Lunatic asylums United Provinces 1909-1921 - 1909-1921
Year: 1909
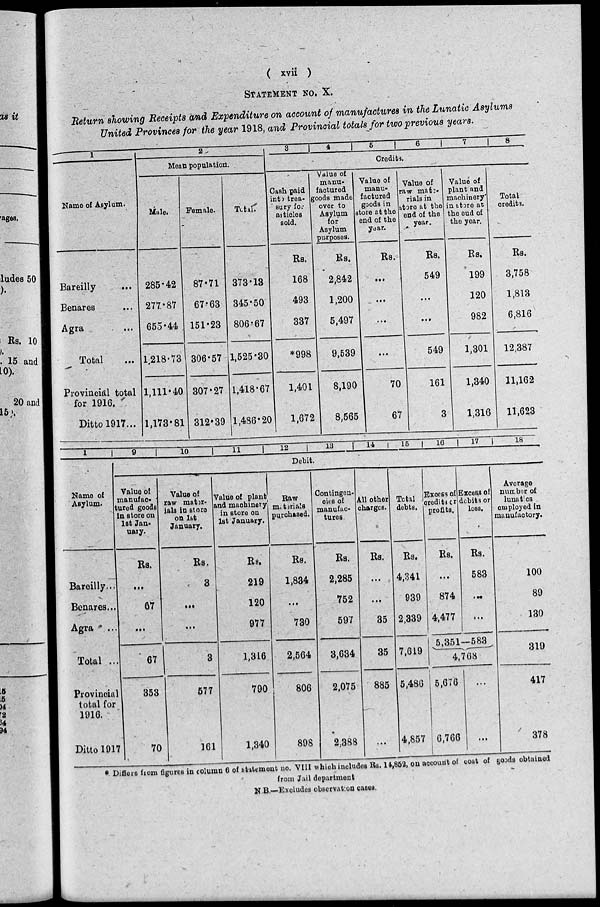
( xvii )
STATEMENT NO. X.
Return showing Receipts and Expenditure on account of manufactures in the Lunatic Asylums
United Provinces for the year 1918, and Provincial totals for two previous years.
1
Name of Asylum.
Bareilly ...
Benares ...
Agra ...
Total ...
Provincial total
for 1916.
Ditto 1917...
2
Mean population.
Male.
285.42
277.87
655.44
1,218.73
1,111.40
1,173.81
Female.
87.71
67.63
151.23
306.57
307.27
312.39
Total.
373.13
345.50
806.67
1,525.30
1,418.67
1,486.20
3
4
5
6
7
8
Credits.
Cash paid
into trea-
sury for
articles
sold.
Rs.
168
493
337
*998
1,401
1,672
Value of
manu-
factured
goods made
over to
Asylum
for
Asylum
purposes.
Rs.
2,842
1,200
5,497
9,539
8,190
8,565
Value of
manu-
factured
goods in
store at the
end of the
year.
Rs.
...
...
...
...
70
67
Value of
raw mat -
rials in
store at the
end of the
year.
Rs.
549
...
...
549
161
3
Value of
plant and
machinery
in store at
the end of
the year.
Rs.
199
120
982
1,301
1,340
1,316
Total
credits.
Rs.
3,758
1,813
6,816
12,387
11,162
11,623
1
Name of
Asylum.
Bareilly...
Benares...
Agra ...
Total ...
Provincial
total for
1916.
Ditto 1917
9
10
11
12
13
14
15 16
17
18
Debit.
Value of
manufac-
tured goods
in store on
1st Jan-
uary.
Rs.
...
67
...
67
353
70
Value of
raw mater-
ials in store
on 1st
January.
Rs.
3
...
...
3
577
161
Value of plant
and machinery
in store on
1st January.
Rs.
219
120
977
1,316
790
1,340
Raw
materials
purchased.
Rs.
1,834
...
730
2,564
806
898
Contingen-
cies of
manufac-
tures.
Rs.
2,285
752
597
3,634
2,075
2,388
All other
charges.
Rs.
...
...
35
35
885
...
Total
debts.
Rs.
4,341
939
2,339
7,619
5,486
4,857
Excess of
credit or
profits.
Rs.
...
874
4,477
Excess of
debits or
loss.
Rs.
583
...
...
5,351—583
4,768
5,676
6,766
...
...
Average
number of
lunatics
employed in
manufactory.
100
89
130
319
417
378
* Differs from figures in column 6 of statement no. VIII which includes Rs. 14,852, on account of cost of goods obtained
from Jail department
N.B.—Excludes observation cases.